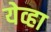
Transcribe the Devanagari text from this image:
येव्हा